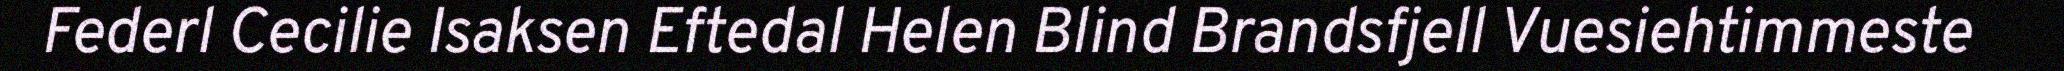
Federl Cecilie Isaksen Eftedal Helen Blind Brandsfjell Vuesiehtimmeste